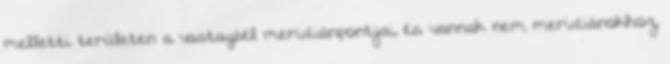
melletti területen a vastagbél meridiánpontjai, és vannak nem meridiánokhoz